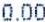
0.00